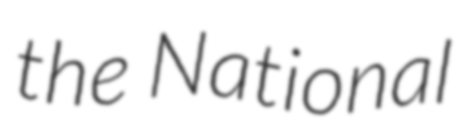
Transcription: the National